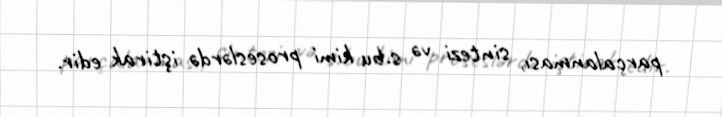
parçalanması, sintezi və s.bu kimi proseslərdə iştirak edir.